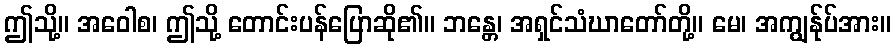
ဤသို့။ အဝေါစ၊ ဤသို့ တောင်းပန်ပြောဆို၏။ ဘန္တေ၊ အရှင်သံဃာတော်တို့။ မေ၊ အကျွန်ုပ်အား။